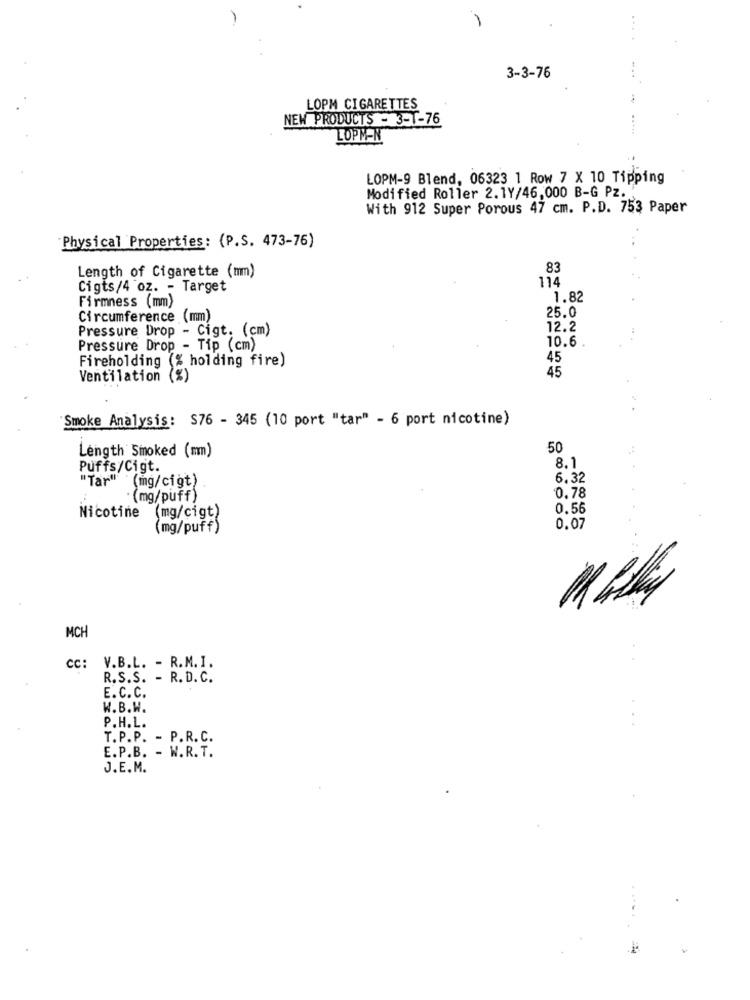
. .
3-3-76
LOPM CIGARETTES
NEW PRODUCTS - 3-T-76
LOPMEN
LOPM-9 Blend, 06323 1 Row 7 X 10 Tipping
Modified Roller 2.1Y/46,000 B-G Pz.
With 912 Super Porous 47 cm. P.D. 753 Paper
Physical Properties: (P.S. 473-76)
Length of Cigarette (mm)
83
114
Cigts/4 oz. - Target
Firmness (mm)
1.82
Circumference (mm)
25.0
Pressure Drop - Cigt. (cm)
12.2
10.6
Pressure Drop - Tip (cm)
Fireholding (% holding fire)
45
45
Ventilation (%)
Smoke Analysis: S76 - 345 (10 port "tar" - 6 port nicotine)
Length Smoked (mm)
50
8.1
Puffs/Cigt.
"Tar" (mg/cigt)
6.32
. (mg/puff)
0.78
0.56
Nicotine (mg/cigt)
(mg/puff)
0.07
MCH
V.B.L. - R.M.I.
Cc:
R.S.S. - R. D.C.
E.C. C.
W.B.W.
P.H.L.
T.P.P. - P.R. C.
E.P.B. - W.R.T.
J.E.M.